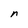
Character: n